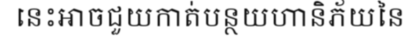
នេះអាចជួយកាត់បន្ថយហានិភ័យនៃ